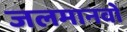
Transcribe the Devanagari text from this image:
जलमानवों